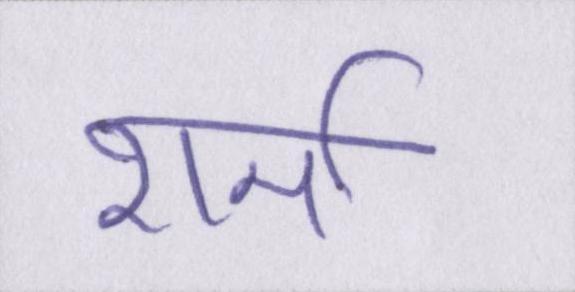
शर्मा